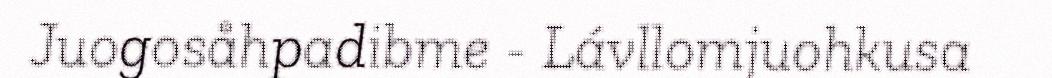
Juogosåhpadibme - Lávllomjuohkusa